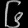
Digit: ၆